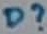
Text: D?